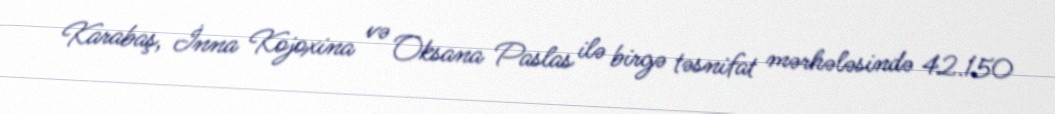
Karabaş, İnna Kojoxina və Oksana Paslas ilə birgə təsnifat mərhələsində 42.150